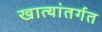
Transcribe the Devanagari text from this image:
खात्यांतर्गत